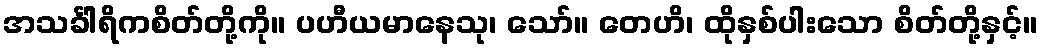
အသင်္ခါရိကစိတ်တို့ကို။ ပဟီယမာနေသု၊ သော်။ တေဟိ၊ ထိုနှစ်ပါးသော စိတ်တို့နှင့်။